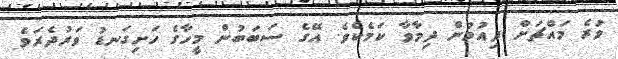
ވުރެ މައްޗަށް ދިއުމުން ދިމާވާ ކަމެކެވެ. އޭގެ ސަބަބުން މީހާގެ ހަށިގަނޑު ވަރުދެރަވެ